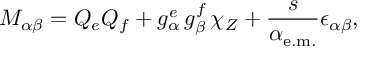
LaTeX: { \cal M } _ { \alpha \beta } = Q _ { e } Q _ { f } + g _ { \alpha } ^ { e } \, g _ { \beta } ^ { f } \, \chi _ { Z } + \frac { s } { \alpha _ { \mathrm { e . m . } } } \epsilon _ { \alpha \beta } ,